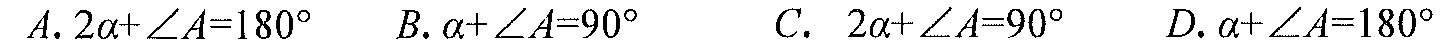
\(A.2\alpha+\angle A = 180^{\circ}\)  \(B.\alpha+\angle A = 90^{\circ}\)  \(C.\ 2\alpha+\angle A = 90^{\circ}\)  \(D.\alpha+\angle A = 180^{\circ}\)